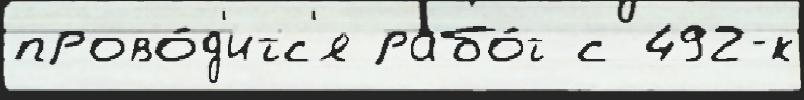
прово́д'итс'я рабо́т с 492-к